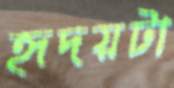
হৃদয়টা